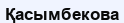
Қасымбекова